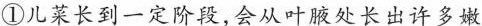
①儿菜长到一定阶段,会从叶腋处长出许多嫩